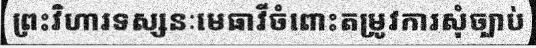
ព្រះវិហារទស្សនៈមេធាវីចំពោះតម្រូវការសុំច្បាប់